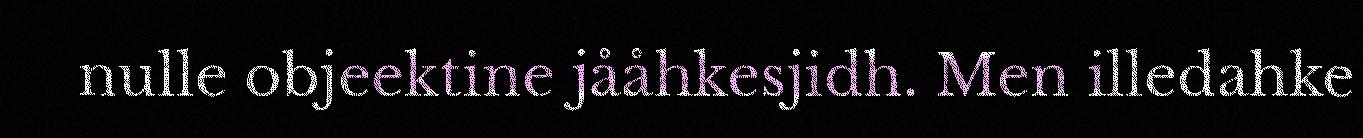
nulle objeektine jååhkesjidh. Men illedahke